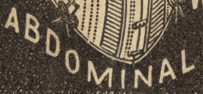
ABDOMINAL